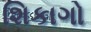
શિકાગો